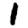
Digit: 1